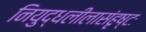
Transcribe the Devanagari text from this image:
नियुद्धलीलासंहृष्टः